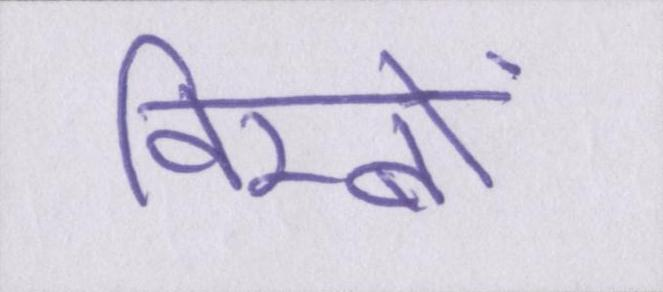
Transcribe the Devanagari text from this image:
विम्बों